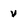
Character: v